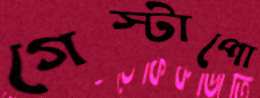
গেস্টাপো